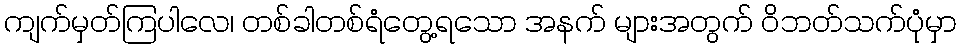
ကျက်မှတ်ကြပါလေ၊ တစ်ခါတစ်ရံတွေ့ရသော အနက် များအတွက် ဝိဘတ်သက်ပုံမှာ